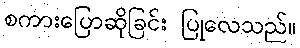
စကားပြောဆိုခြင်း ပြုလေသည်။